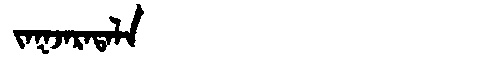
Manchu: ᠵᠠᡴᠵᠠᡵᠠᡨᠠᠯᠠ
Romanization: JAKJARATALA